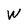
Character: W